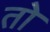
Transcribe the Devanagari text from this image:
तोे